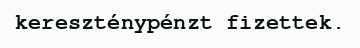
kereszténypénzt fizettek.